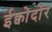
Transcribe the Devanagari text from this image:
ईक्वोदोर